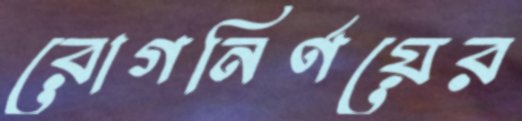
রোগনির্ণয়ের